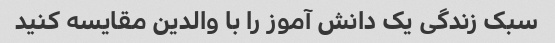
سبک زندگی یک دانش آموز را با والدین مقایسه کنید